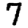
Digit: 7